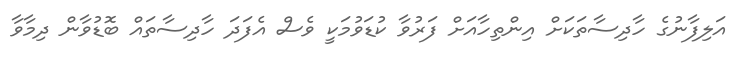
އަލިފާނުގެ ހާދިސާތަކަށް އިންތިހާއަށް ފަރުވާ ކުޑަވުމަކީ ވެސް އެފަދަ ހާދިސާތައް ބޮޑުވާން ދިމާވާ